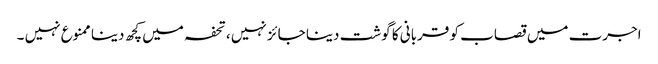
اجرت میں قصاب کو قربانی کا گوشت دینا جائز نہیں ،تحفہ میں کچھ دینا ممنوع نہیں ۔